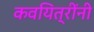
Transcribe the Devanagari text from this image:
कवयित्रींनी